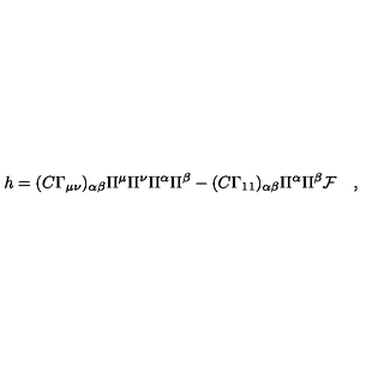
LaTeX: h = ( C \Gamma _ { \mu \nu } ) _ { \alpha \beta } \Pi ^ { \mu } \Pi ^ { \nu } \Pi ^ { \alpha } \Pi ^ { \beta } - ( C \Gamma _ { 1 1 } ) _ { \alpha \beta } \Pi ^ { \alpha } \Pi ^ { \beta } { \cal F } \quad ,